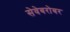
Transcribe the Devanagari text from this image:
सेवेबरोबर